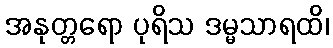
အနုတ္တရော ပုရိသ ဒမ္မသာရထိ၊